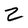
Character: Z